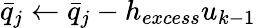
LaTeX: \bar{q}_{j}\leftarrow\bar{q}_{j}-h_{excess}u_{k-1}